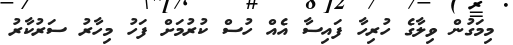
މިމަގުން ވިލާގެ ހުރިހާ ފައިސާ އެއް ހުސް ކުރުމަށް ފަހު މިހާރު ސަރުކާރު